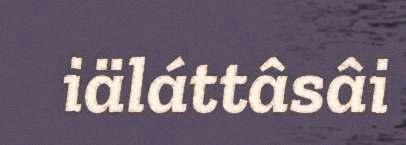
iäláttâsâi